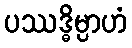
ပဿဒ္ဓိမ္ပာဟံ